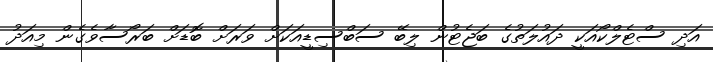
އަދި ސްޓެލްކޯއަކީ ދައުލަތުގެ ބަޖެޓުން ލިބޭ ސަބްސިޑީއަކަށް ވަރަށް ބޮޑަށް ބަރޯސާވެގެން މިއަދު